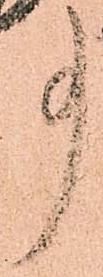
事